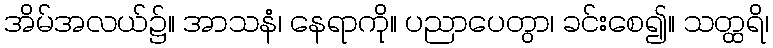
အိမ်အလယ်၌။ အာသနံ၊ နေရာကို။ ပညာပေတွာ၊ ခင်းစေ၍။ သတ္ထရိ၊